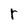
Character: r